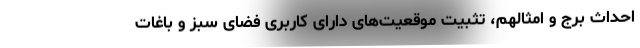
احداث برج و امثالهم، تثبیت موقعیت‌های دارای کاربری فضای سبز و باغات